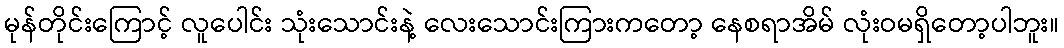
မုန်တိုင်းကြောင့် လူပေါင်း သုံးသောင်းနဲ့ လေးသောင်းကြားကတော့ နေစရာအိမ် လုံးဝမရှိတော့ပါဘူး။